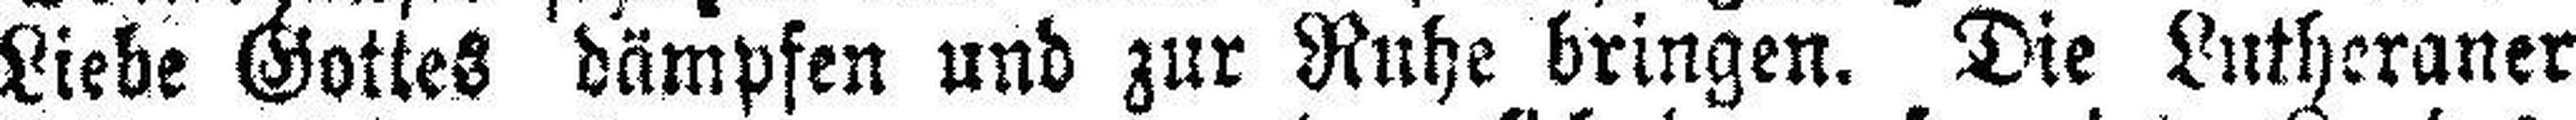
Liebe Gottes dämpfen und zur Ruhe bringen. Die Lutheraner